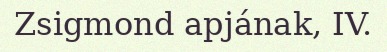
Zsigmond apjának, IV.